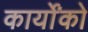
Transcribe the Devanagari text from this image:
कार्योंको